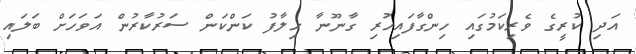
އަދި ކުރީގެ ވެރިކަމުގައި ހިންގާފައިހުރި ގާނޫނާ ހިލާފު ކަންކަން ސަރުކާރުން އަވަހަށް ބަލައި